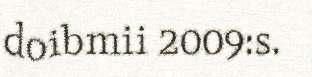
doibmii 2009:s.